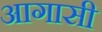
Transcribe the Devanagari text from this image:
आगासी